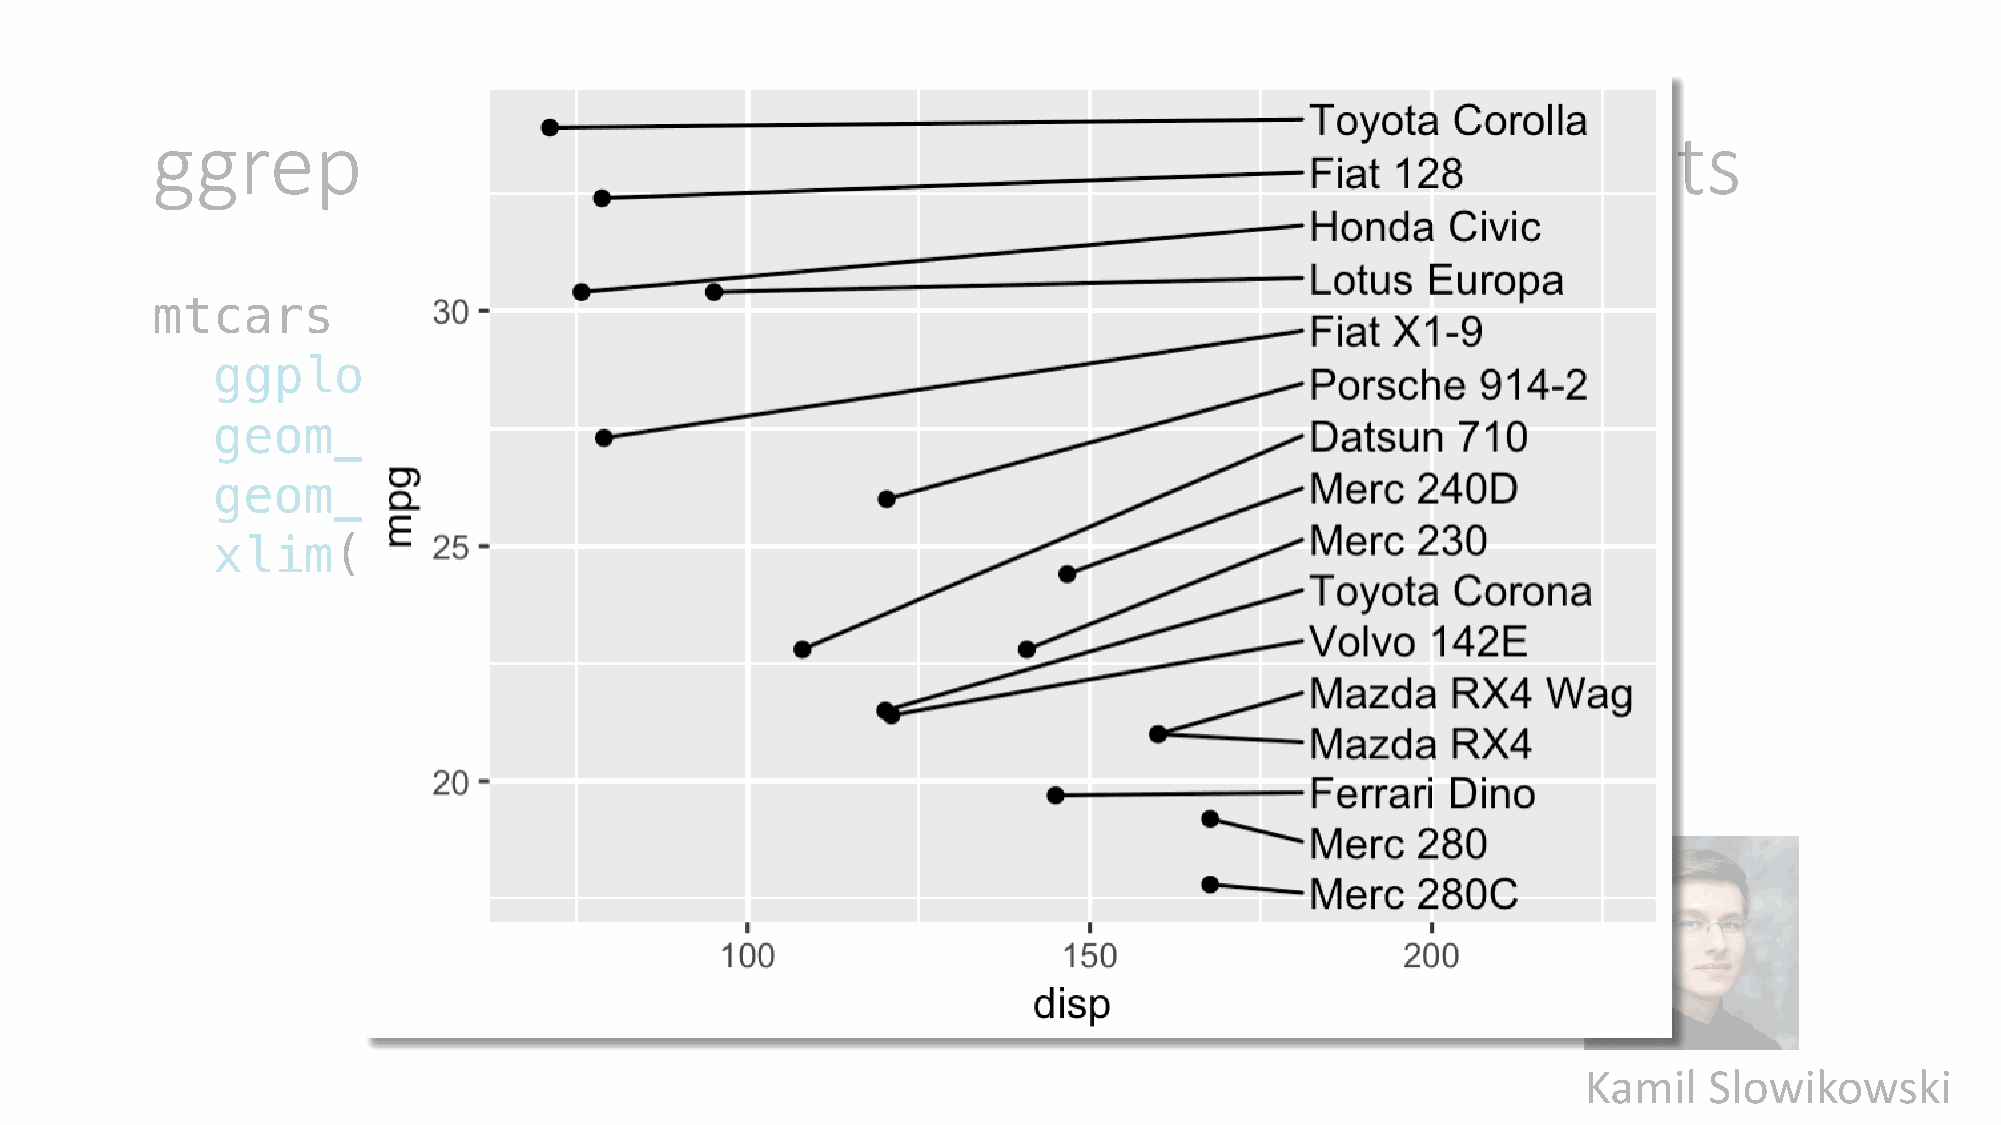
ggrepel:             Smart           annotation                  of     plot       elements
 mtcars        %>%     filter(disp             <   200)      %>%
 ggplot(aes(disp,                  mpg,      label       =   car))       +
 geom_point()              +
 geom_text_repel(xlim                      =   c(180,        250),       hjust       =   0)    +
 xlim(70,          240)
 Kamil   Slowikowski